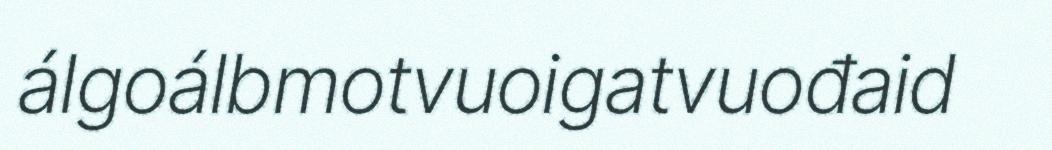
álgoálbmotvuoigatvuođaid